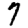
Digit: 7